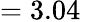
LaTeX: =3.04\